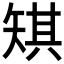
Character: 𪿋